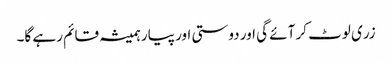
زری لوٹ کر آئے گی اور دوستی اور پیار ہمیشہ قائم رہے گا۔